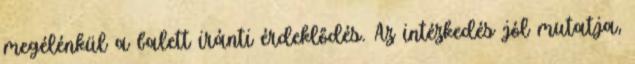
megélénkül a balett iránti érdeklődés. Az intézkedés jól mutatja,